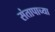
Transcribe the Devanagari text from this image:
संतापाच्या